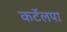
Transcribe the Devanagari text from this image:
कटॅलपा